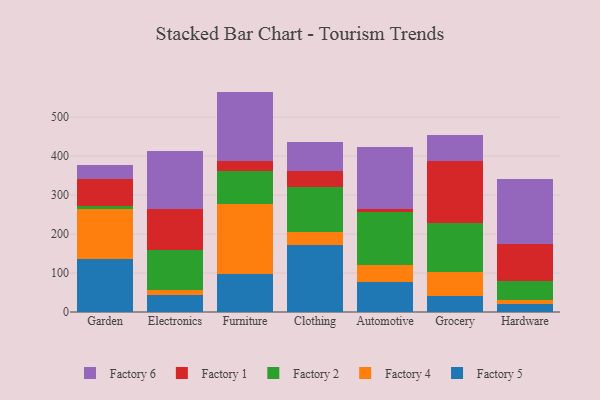
{"axis": {"x": "Category", "y": "Headcount"}, "legend": ["Factory 1", "Factory 2", "Factory 4", "Factory 5", "Factory 6"], "data": [{"x": "Garden", "y": 136.8, "type": "Factory 5"}, {"x": "Garden", "y": 128.4, "type": "Factory 4"}, {"x": "Garden", "y": 6.9, "type": "Factory 2"}, {"x": "Garden", "y": 68.5, "type": "Factory 1"}, {"x": "Garden", "y": 35.4, "type": "Factory 6"}, {"x": "Electronics", "y": 44.5, "type": "Factory 5"}, {"x": "Electronics", "y": 12.2, "type": "Factory 4"}, {"x": "Electronics", "y": 101.3, "type": "Factory 2"}, {"x": "Electronics", "y": 107.4, "type": "Factory 1"}, {"x": "Electronics", "y": 146.7, "type": "Factory 6"}, {"x": "Furniture", "y": 97.5, "type": "Factory 5"}, {"x": "Furniture", "y": 178.5, "type": "Factory 4"}, {"x": "Furniture", "y": 85.4, "type": "Factory 2"}, {"x": "Furniture", "y": 25.6, "type": "Factory 1"}, {"x": "Furniture", "y": 178.5, "type": "Factory 6"}, {"x": "Clothing", "y": 170.7, "type": "Factory 5"}, {"x": "Clothing", "y": 35.3, "type": "Factory 4"}, {"x": "Clothing", "y": 115.3, "type": "Factory 2"}, {"x": "Clothing", "y": 39.4, "type": "Factory 1"}, {"x": "Clothing", "y": 74.4, "type": "Factory 6"}, {"x": "Automotive", "y": 76.7, "type": "Factory 5"}, {"x": "Automotive", "y": 43.8, "type": "Factory 4"}, {"x": "Automotive", "y": 136.0, "type": "Factory 2"}, {"x": "Automotive", "y": 6.7, "type": "Factory 1"}, {"x": "Automotive", "y": 161.1, "type": "Factory 6"}, {"x": "Grocery", "y": 39.9, "type": "Factory 5"}, {"x": "Grocery", "y": 62.3, "type": "Factory 4"}, {"x": "Grocery", "y": 126.5, "type": "Factory 2"}, {"x": "Grocery", "y": 158.1, "type": "Factory 1"}, {"x": "Grocery", "y": 66.5, "type": "Factory 6"}, {"x": "Hardware", "y": 19.4, "type": "Factory 5"}, {"x": "Hardware", "y": 10.4, "type": "Factory 4"}, {"x": "Hardware", "y": 49.6, "type": "Factory 2"}, {"x": "Hardware", "y": 95.1, "type": "Factory 1"}, {"x": "Hardware", "y": 165.9, "type": "Factory 6"}]}